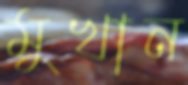
মুখান